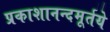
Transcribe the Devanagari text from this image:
प्रकाशानन्दमूर्तये